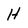
Character: H